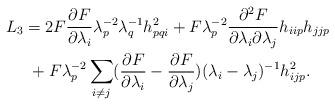
LaTeX: \begin{align*}L_{3}&=2F\frac{\partial F}{\partial \lambda_{i}}\lambda_{p}^{-2}\lambda_{q}^{-1}h_{pqi}^{2}+F\lambda_{p}^{-2}\frac{\partial^{2}F}{\partial \lambda_{i}\partial \lambda_{j}}h_{iip}h_{jjp}\\&~+F\lambda_{p}^{-2}\sum_{i\neq j}(\frac{\partial F}{\partial \lambda_{i}}-\frac{\partial F}{\partial \lambda_{j}})(\lambda_{i}-\lambda_{j})^{-1}h_{ijp}^{2}.\end{align*}